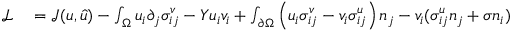
\begin{array} { r l } { \mathcal { L } } & { { } = \mathcal { J } ( u , \hat { u } ) - \int _ { \Omega } u _ { i } \partial _ { j } \sigma _ { i j } ^ { v } - Y u _ { i } v _ { i } + \int _ { \partial \Omega } \left( u _ { i } \sigma _ { i j } ^ { v } - v _ { i } \sigma _ { i j } ^ { u } \right) n _ { j } - v _ { i } ( \sigma _ { i j } ^ { u } n _ { j } + \sigma n _ { i } ) } \end{array}